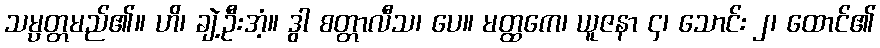
သမ္ပတ္တမည်၏။ ဟိ၊ ချဲ့ဦးအံ့။ ဒွါ စတ္တာလီသ၊ ပေ။ မတ္ထကေ၊ ယူဇနာ ၄၊ သောင်း ၂၊ ထောင်၏